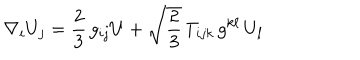
\nabla _ { i } U _ { j } = \frac { 2 } { 3 } \, g _ { i j } U + \sqrt { \frac { 2 } { 3 } } \, T _ { i j k } \, g ^ { k \ell } \, U _ { \ell }